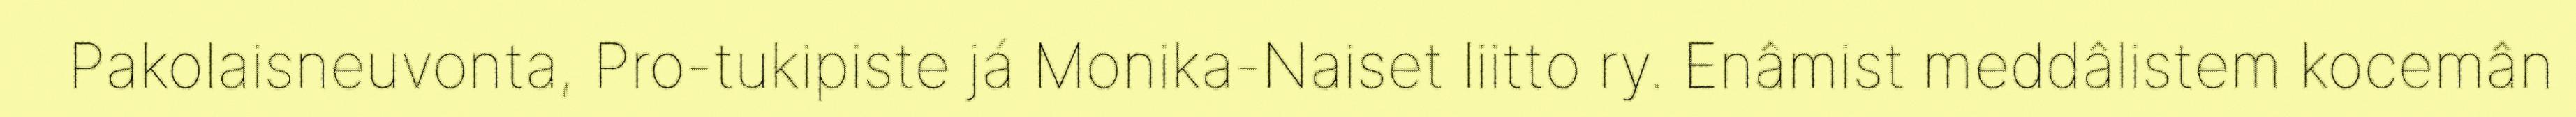
Pakolaisneuvonta, Pro-tukipiste já Monika-Naiset liitto ry. Enâmist meddâlistem kocemân